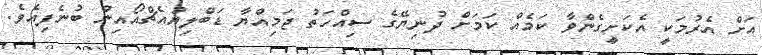
އަށް އެރުމަކީ އެކަށީގެންވާ ކަމެއް ކަމަށް ދުނިޔޭގެ ސިއްހަތު ޖަމިއްޔާ ޑަބްލިޔުއެޗްއޯއިން ބުނެފިއެވެ.